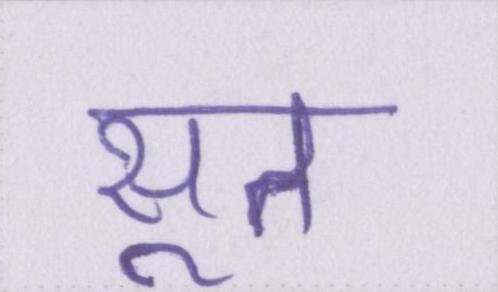
सूत